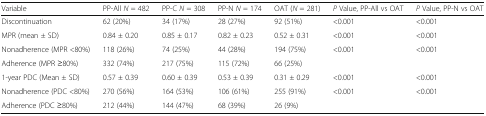
<table><thead><tr><td><b>Variable</b></td><td><b>PP-All <i>N</i> = 482</b></td><td><b>PP-C <i>N</i> = 308</b></td><td><b>PP-N <i>N</i> = 174</b></td><td><b>OAT (<i>N</i> = 281)</b></td><td><b><i>P</i> Value, PP-All vs OAT</b></td><td><b><i>P</i> Value, PP-N vs OAT</b></td></tr></thead><tbody><tr><td>Discontinuation</td><td>62 (20%)</td><td>34 (17%)</td><td>28 (27%)</td><td>92 (51%)</td><td>&lt;0.001</td><td>&lt;0.001</td></tr><tr><td>MPR (mean ± SD)</td><td>0.84 ± 0.20</td><td>0.85 ± 0.17</td><td>0.82 ± 0.23</td><td>0.52 ± 0.31</td><td>&lt;0.001</td><td>&lt;0.001</td></tr><tr><td>Nonadherence (MPR &lt;80%)</td><td>118 (26%)</td><td>74 (25%)</td><td>44 (28%)</td><td>194 (75%)</td><td>&lt;0.001</td><td>&lt;0.001</td></tr><tr><td>Adherence (MPR ≥80%)</td><td>332 (74%)</td><td>217 (75%)</td><td>115 (72%)</td><td>66 (25%)</td><td></td><td></td></tr><tr><td>1-year PDC (Mean ± SD)</td><td>0.57 ± 0.39</td><td>0.60 ± 0.39</td><td>0.53 ± 0.39</td><td>0.31 ± 0.29</td><td>&lt;0.001</td><td>&lt;0.001</td></tr><tr><td>Nonadherence (PDC &lt;80%)</td><td>270 (56%)</td><td>164 (53%)</td><td>106 (61%)</td><td>255 (91%)</td><td>&lt;0.001</td><td>&lt;0.001</td></tr><tr><td>Adherence (PDC ≥80%)</td><td>212 (44%)</td><td>144 (47%)</td><td>68 (39%)</td><td>26 (9%)</td><td></td><td></td></tr></tbody></table>